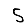
Digit: 5